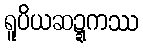
ရူပိယဆဍ္ဍကဿ